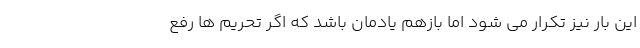
این بار نیز تکرار می شود اما بازهم یادمان باشد که اگر تحریم ها رفع